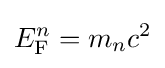
E_{\text{F}}^{n}=m_{n}c^{2}